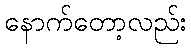
နောက်တော့လည်း